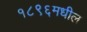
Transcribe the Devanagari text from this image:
१८९६मधील